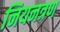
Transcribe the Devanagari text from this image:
नियनत्रण